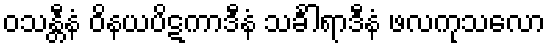
ဝသန္တီနံ ဝိနယပိဋကာဒီနံ သင်္ခါရာဒီနံ ဖလကုသလော